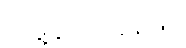
အဖွဲ့ချုပ်အနေဖြင့်